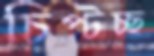
চিপ্‌টচ্ছ